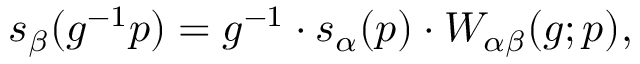
s _ { \beta } ( g ^ { - 1 } p ) = g ^ { - 1 } \cdot s _ { \alpha } ( p ) \cdot W _ { \alpha \beta } ( g ; p ) ,